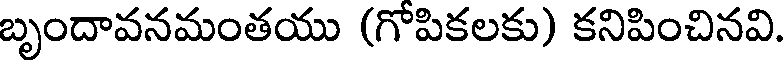
బృందావనమంతయు (గోపికలకు) కనిపించినవి.